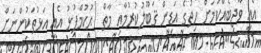
އެއީ ވާޖިބެއްކަމަށް ހިތުގެ އަޑިން ޤަބޫލުކުރުމާއި މާތް  ޙުކުމްފުޅު އެއީ އަޅުތަކުންނަށް